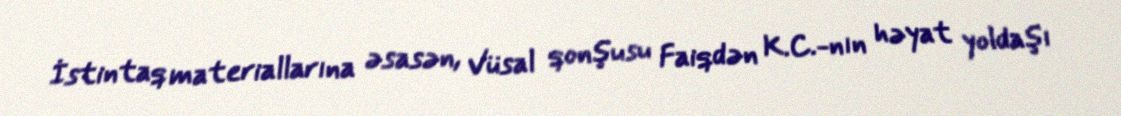
İstintaq materiallarına əsasən, Vüsal qonşusu Faiqdən K.C.-nın həyat yoldaşı